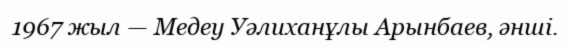
1967 жыл — Медеу Уәлиханұлы Арынбаев, әнші.